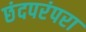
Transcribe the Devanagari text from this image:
छंदपरंपरा